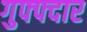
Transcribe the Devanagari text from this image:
गुफ्फ्दार